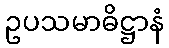
ဥပသမာဓိဋ္ဌာနံ